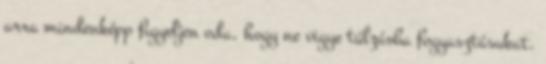
arra mindenképp figyeljen oda, hogy ne vigye túlzásba fogyasztásukat.